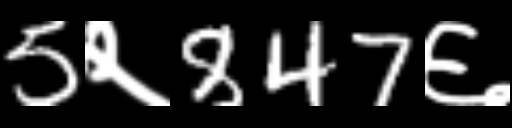
Text: 5२847६